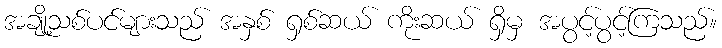
အချို့သစ်ပင်များသည် အနှစ် ရှစ်ဆယ် ကိုးဆယ် ရှိမှ အပွင့်ပွင့်ကြသည်။